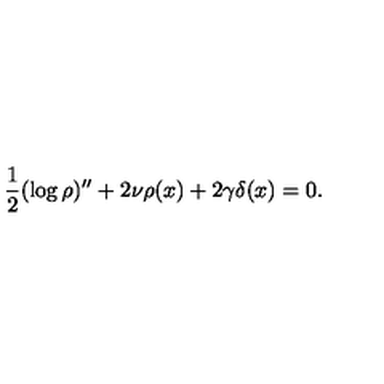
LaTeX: \frac { 1 } { 2 } ( \log \rho ) ^ { \prime \prime } + 2 \nu \rho ( x ) + 2 \gamma \delta ( x ) = 0 .